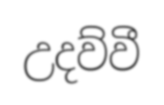
උදව්වී